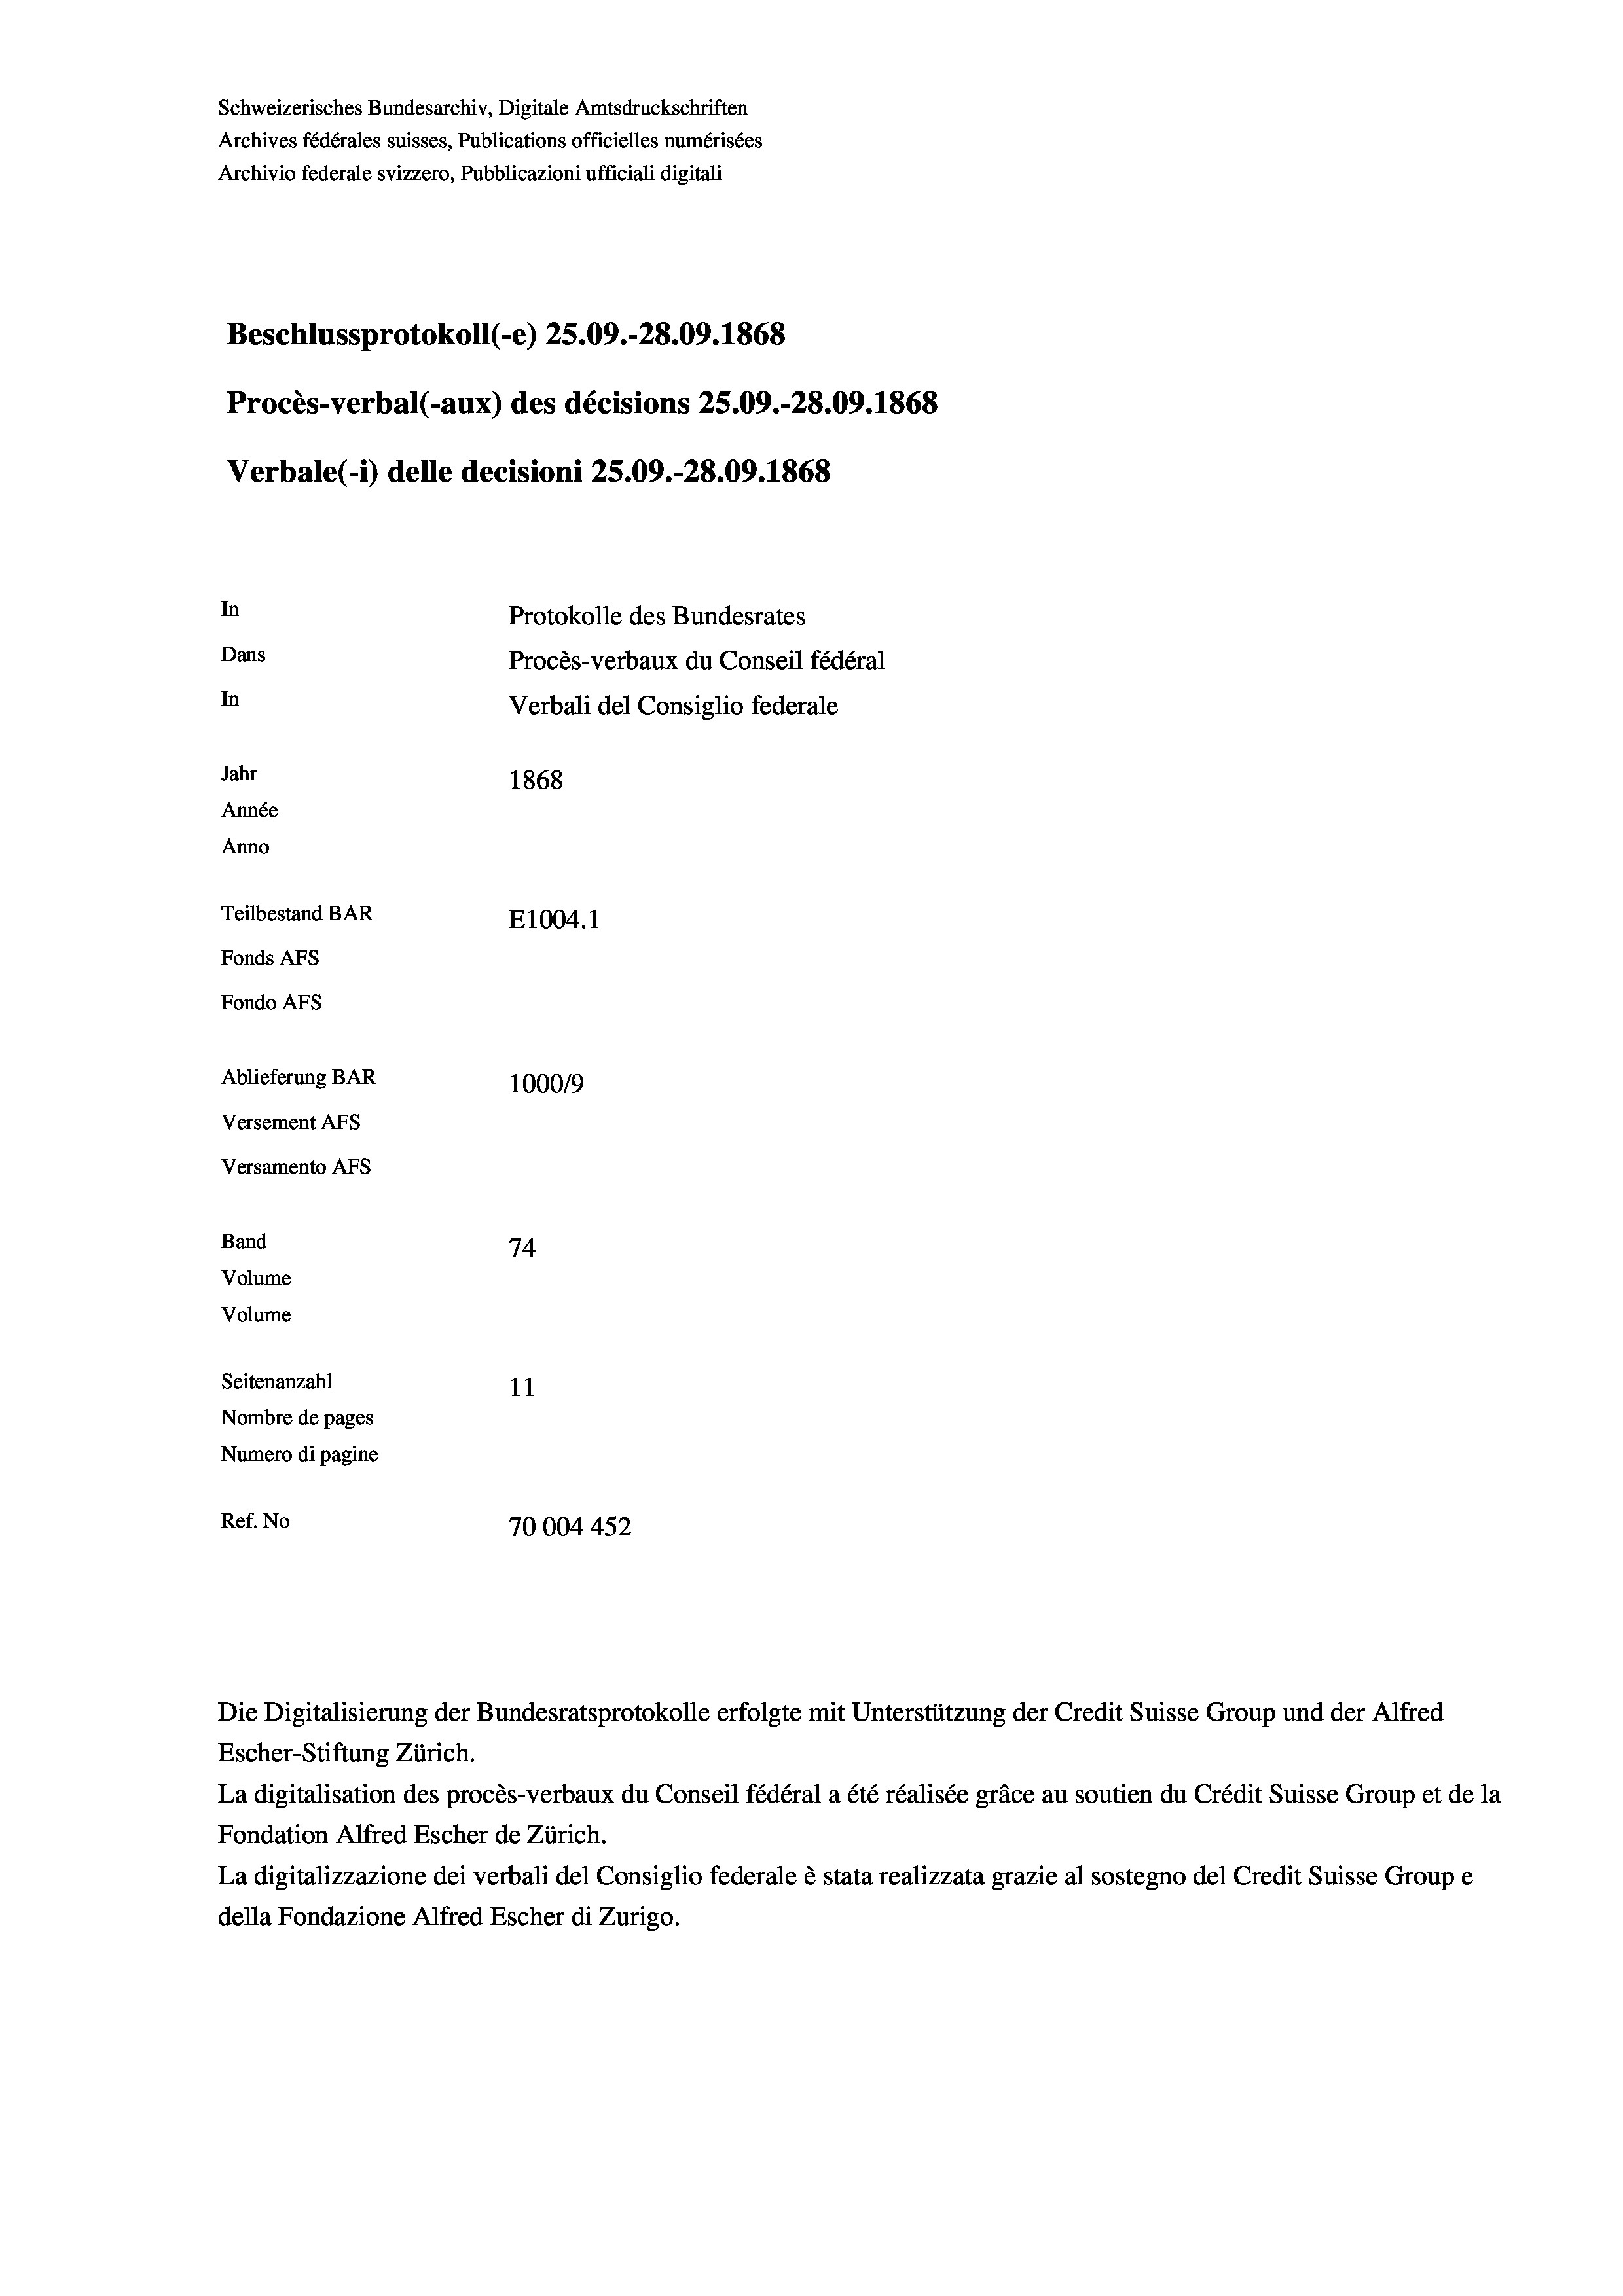
Schweizerisches Bundesarchiv, Digitale Amtsdruckschriften
Archives fédérales suisses, Publications officielles numérisées
Archivio federale svizzero, Pubblicazioni ufficiali digitali

Beschlussprotokoll (-e) 25.09.-28.09. 1868
In
Protokolle des Bundesrates
Dans
Procès-verbaux du Conseil fédéral
In
Verbali del Consiglio federale
Jahr
1868
Année
Anno
Teilbestand BAR
E1004. 1
Fonds AFs
Fondo AFS
Ablieferung BAR
100019
Versement AFs

Versamento AFs
Band

74
Volume
Volume
Seitenanzahl
11
Nombre de pages
Numero di pagine
Ref. No
70004 452

Verbale(-*) delle decisioni 25.09.-28.09. 1868

Procès-verbal (-aux) des décisions 25.09.-28.09. 1868

Die Digitalisierung der Bundesratsprotokolle erfolgte mit Unterstützung der Credit Suisse Group und der Alfred
Escher-Stiftung Zürich.
La digitalisation des procès-verbaux du Conseil fédéral a été réalisée gräce au soutien du Crédit Suisse Group et de la
Fondation Alfred Escher de Zürich.
La digitalizzazione dei verbali del Consiglio federale è stata realizzata grazie al sostegno del Credit Suisse Groupe
della Fondazione Alfred Escher di Zurigo.